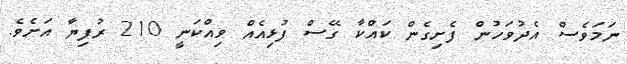
ނަމަވެސް އެދުވަހުން ފެށިގެން ކައްކާ ގޭސް ފުޅިއެއް ވިއްކަނީ 210 ރުފިޔާ އަށެވެ.